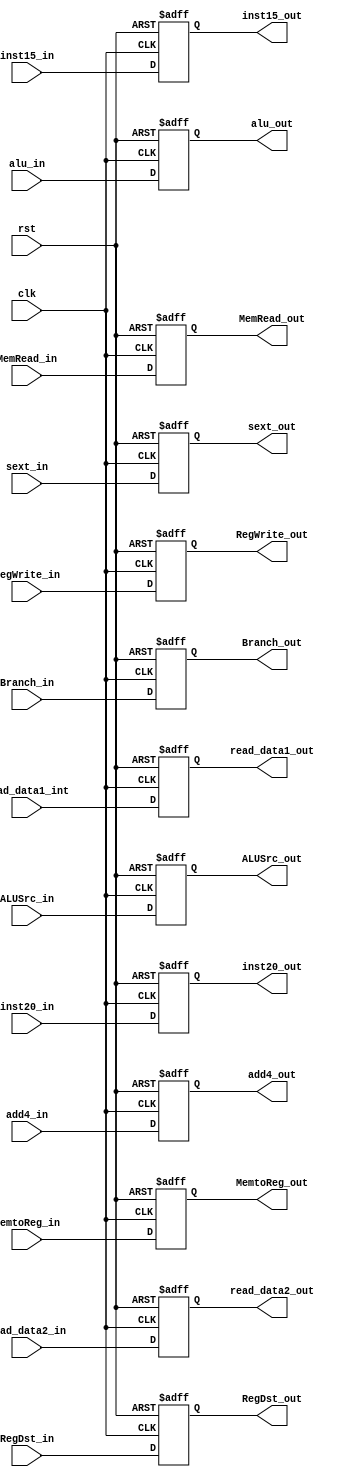
`timescale 1ns / 1ps
//////////////////////////////////////////////////////////////////////////////////
// Company: 
// Engineer: 
// 
// Design Name: 
// Module Name:    IDEX 
// Project Name: 
// Target Devices: 
// Tool versions: 
// Description: 
//
// Dependencies: 
//
// Revision: 
// Revision 0.01 - File Created
// Additional Comments: 
//
//////////////////////////////////////////////////////////////////////////////////
module IDEX(clk, rst ,add4_in,add4_out,// control_in,control_out
				read_data1_int,read_data1_out,
				read_data2_in,read_data2_out,
				sext_in,sext_out,inst15_in,inst15_out,inst20_in,inst20_out,
				alu_in,alu_out,RegDst_in,RegDst_out,Branch_in,Branch_out,
				MemRead_in,MemRead_out,
				MemtoReg_in,MemtoReg_out,ALUSrc_in,ALUSrc_out,
				RegWrite_in,RegWrite_out);
	parameter WORD_SIZE = 32 ; 
	
		input wire clk, rst;

		input wire [WORD_SIZE - 1:0] add4_in;
		output reg [WORD_SIZE - 1:0] add4_out;
		input wire [WORD_SIZE - 1:0] read_data1_int;
		output reg [WORD_SIZE - 1:0] read_data1_out;	
		input wire [WORD_SIZE - 1:0] read_data2_in;
		output reg [WORD_SIZE - 1:0] read_data2_out;		
		input wire [WORD_SIZE - 1:0] sext_in;
		output reg [WORD_SIZE - 1:0] sext_out;		
		input wire [4:0]inst15_in;
		output reg [4:0]inst15_out ;
		input wire [4:0]inst20_in;
		output reg [4:0]inst20_out ;
		input wire [1:0]alu_in;
		output reg [1:0]alu_out ;	
		input wire RegDst_in;
		output reg RegDst_out ;
		input wire Branch_in;
		output reg Branch_out ;
		input wire MemRead_in;
		output reg MemRead_out ;
		input wire ALUSrc_in;
		output reg ALUSrc_out ;
		input wire RegWrite_in;
		output reg RegWrite_out ;
		input wire MemtoReg_in;
		output reg MemtoReg_out ;
	
always @ (posedge rst or posedge clk ) begin
	if ( rst ) begin
		add4_out <= { WORD_SIZE {1'b0} };
		read_data1_out <= { WORD_SIZE {1'b0} };
		read_data2_out<= { WORD_SIZE {1'b0} };
		sext_out<= { WORD_SIZE {1'b0} };
		inst15_out<= { 5{1'b0} };
		inst20_out<= { 5{1'b0} };
		//control_out<= { 7 {1'b0} };
		alu_out<= { 2 {1'b0} };
		RegDst_out <= {1 {1'b0} };
		Branch_out <= {1 {1'b0} };
		MemRead_out <= {1 {1'b0} };
		ALUSrc_out <= {1 {1'b0} };
		RegWrite_out <= {1 {1'b0} };
		MemtoReg_out <= {1 {1'b0} };
	end else if ( clk ) begin
		add4_out <= add4_in;
		read_data1_out <= read_data1_int;
		read_data2_out <= read_data2_in;
		sext_out <= sext_in;
		alu_out<= alu_in;
		//fcontrol_out<= control_in;
		inst15_out<= inst15_in;
		inst20_out<= inst20_in;
		RegDst_out <= RegDst_in;
		Branch_out <= Branch_in;
		MemRead_out <= MemRead_in;
		ALUSrc_out <= ALUSrc_in;
		RegWrite_out <= RegWrite_in;
		MemtoReg_out <= MemtoReg_in;
	end
	end
	
endmodule